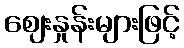
ဈေးနှုန်းများဖြင့်